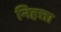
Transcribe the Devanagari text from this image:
निहत्ता